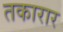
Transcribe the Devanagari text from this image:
तकारार